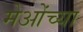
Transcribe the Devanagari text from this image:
मेओंच्या